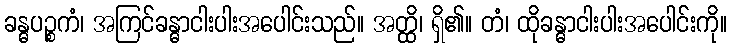
ခန္ဓပဉ္စကံ၊ အကြင်ခန္ဓာငါးပါးအပေါင်းသည်။ အတ္ထိ၊ ရှိ၏။ တံ၊ ထိုခန္ဓာငါးပါးအပေါင်းကို။